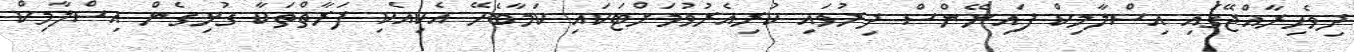
ދިވެހިރާއްޖޭގައި އިސްލާމިކް ފައިނޭންސް ދިރުވައި ކުރިއެރުވުމަށްޓަކައި ކަމާބެހޭ އެކިއެކި ފަރާތްތަކާ ގުޅިގެން އިސްލާމިކް